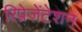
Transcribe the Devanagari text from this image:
रिप्रेज़ेंटेशन